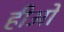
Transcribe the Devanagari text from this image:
हीओ